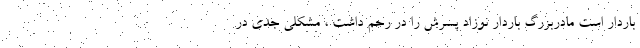
باردار است مادربزرگ باردار نوزاد پسرش را در رحم داشت ، مشکلی جدی در